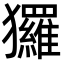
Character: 玀